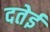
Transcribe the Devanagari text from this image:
दतेई